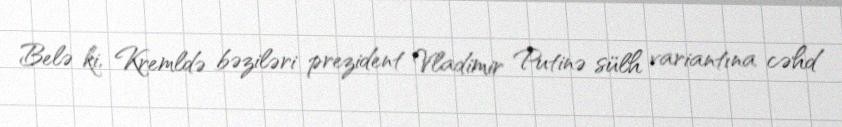
Belə ki, Kremldə bəziləri prezident Vladimir Putinə sülh variantına cəhd